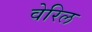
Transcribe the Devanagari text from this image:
वेरिल